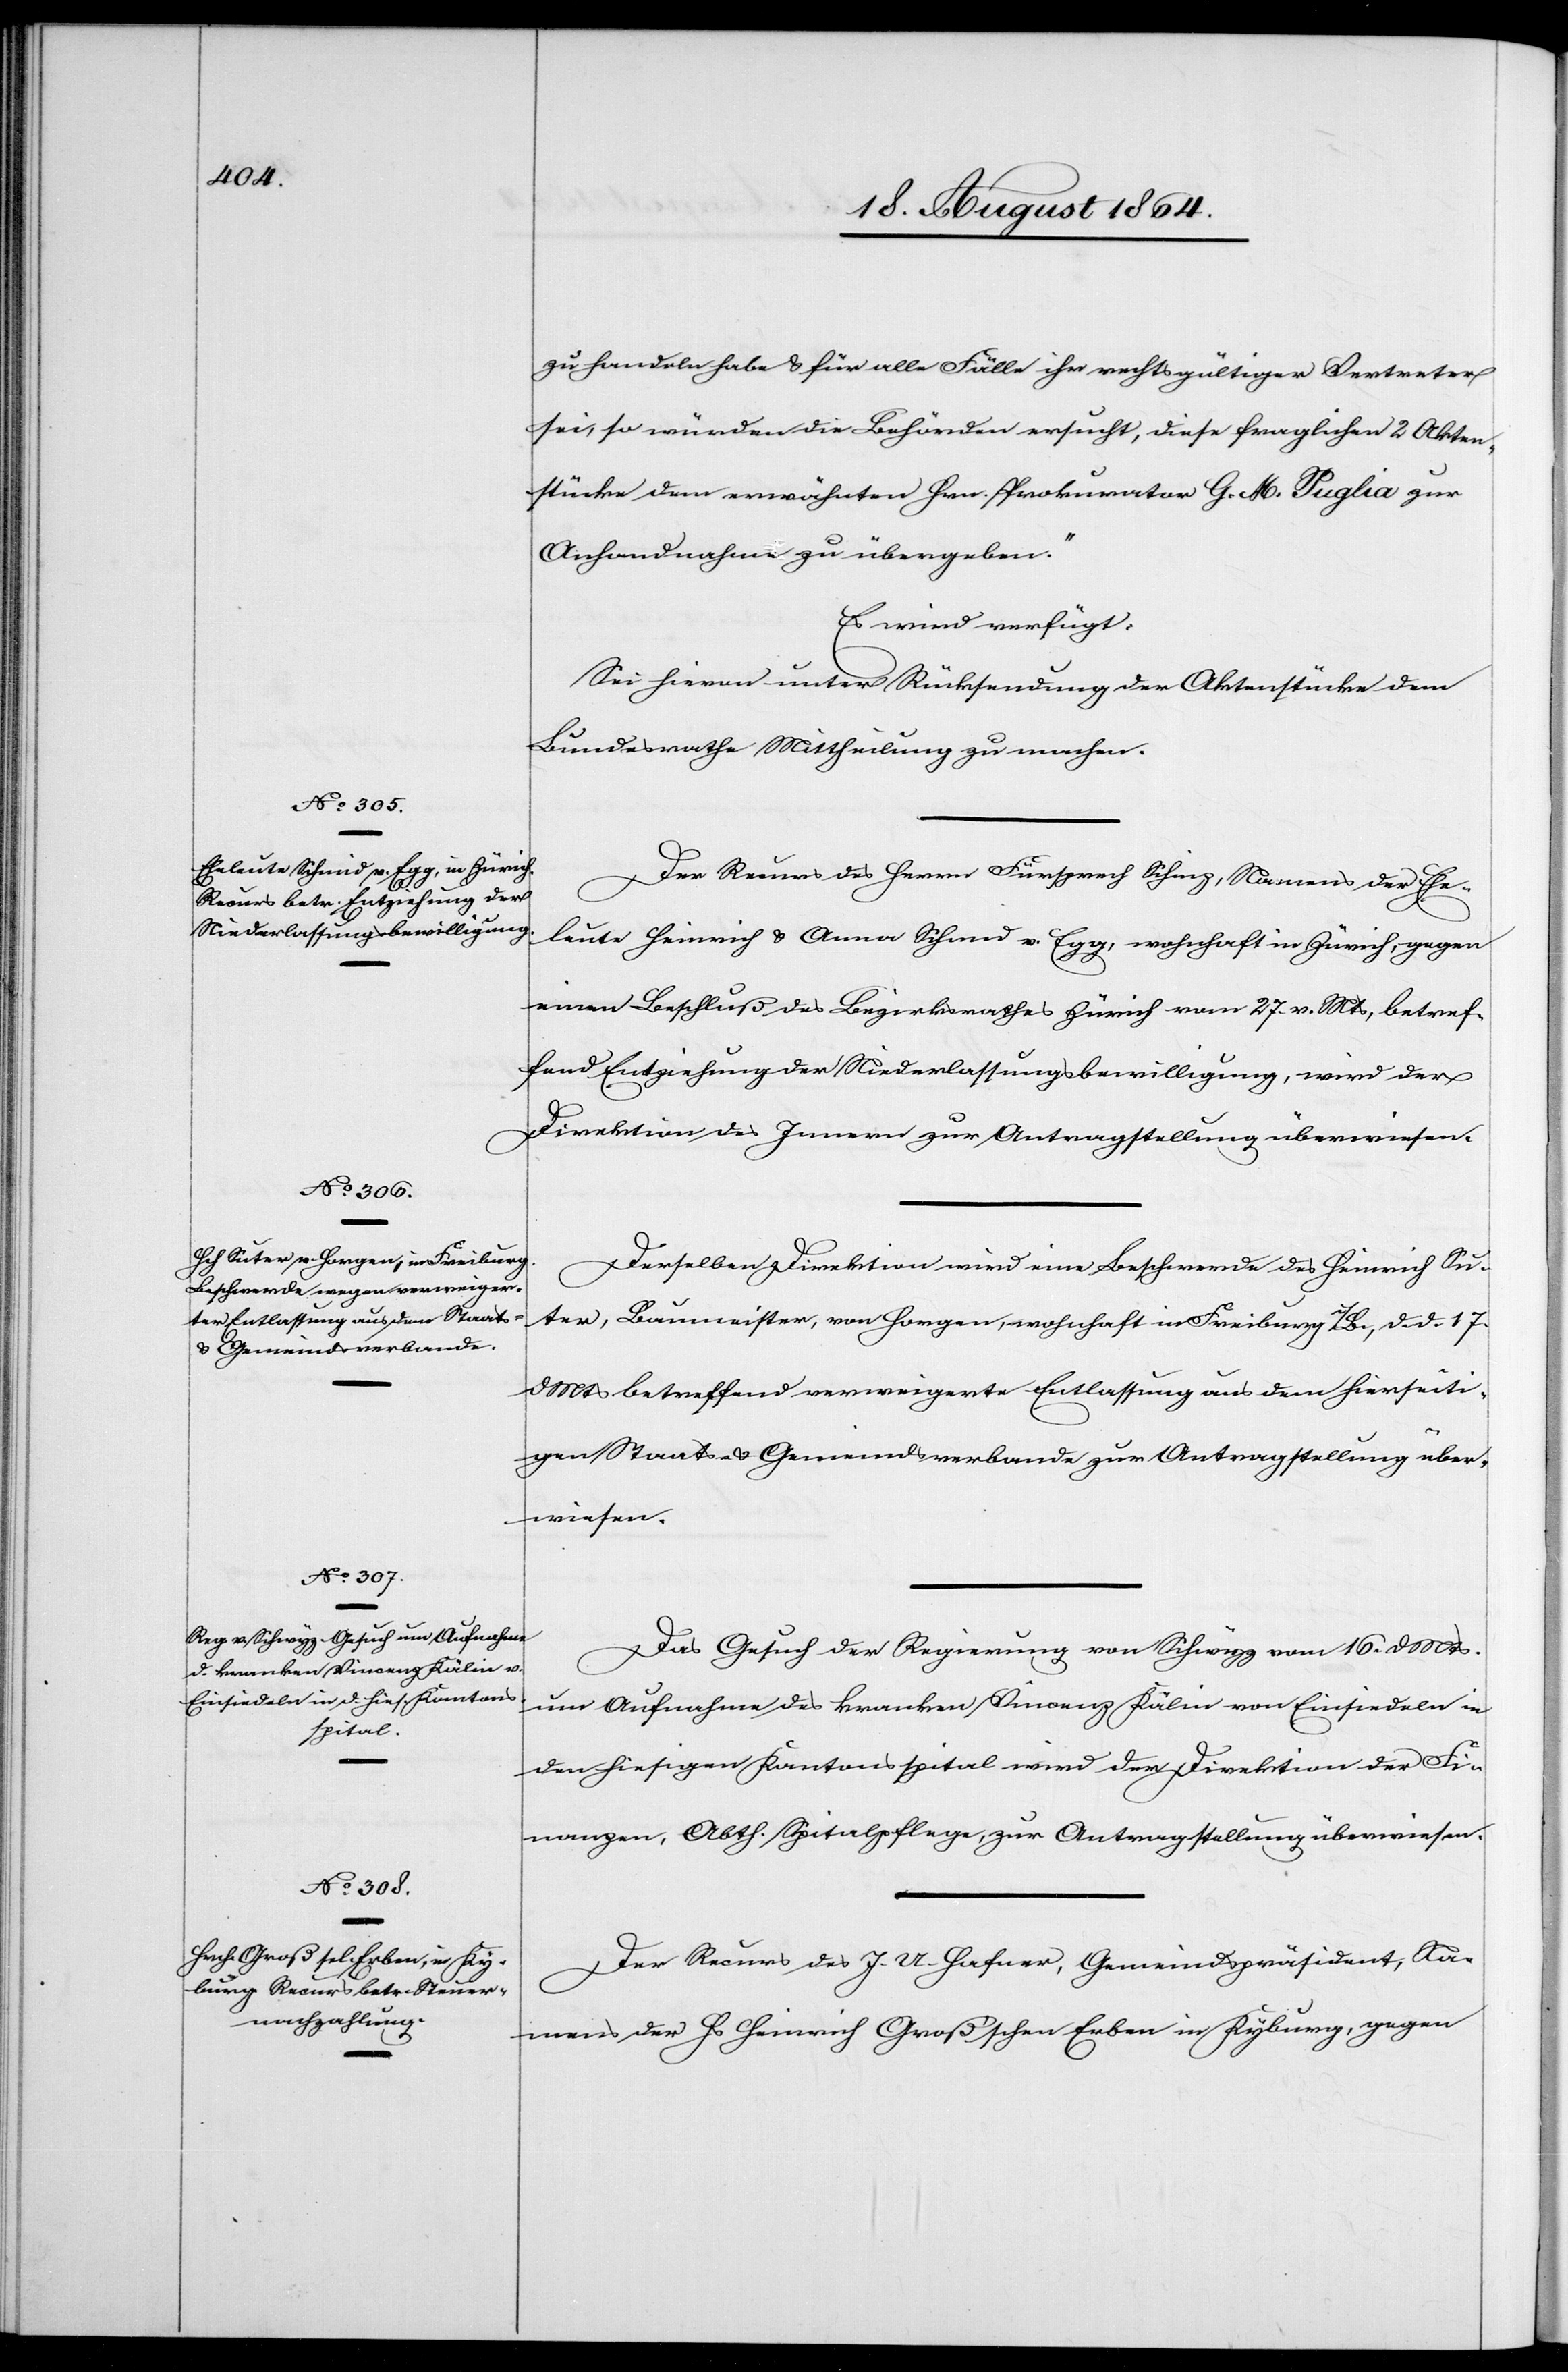
19. August 1864.]
zu handeln habe & für alle Fälle ihr rechtsgültiger Vertreter
sei, so würden die Behörden ersucht, diese fraglichen 2 Akten¬
stücke dem erwähnten Hrn. Prokurator G. M. Puglia zur
Anhandnahme zu übergeben.“
Es wird verfügt:
Sei hievon unter Rücksendung der Aktenstücke dem
Bundesrathe Mittheilung zu machen.
Der Recurs des Herrn Fürsprech Schinz, Namens der Ehe¬
leute Heinrich & Anna Schmid v. Egg, wohnhaft in Zürich, gegen
einen Beschluß des Bezirksrathes Zürich vom 27. v. Mts, betref¬
fend Entziehung der Niederlassungsbewilligung, wird der
Direktion des Innern zur Antragstellung überwiesen.
Derselben Direktion wird eine Beschwerde des Heinrich Su¬
ter, Baumeister, von Horgen, wohnhaft in Freiburg i/B., d. d. 17.
d. Mts betreffend verweigerte Entlassung aus dem hierseiti¬
gen Staats- & Gemeindeverbande zur Antragstellung über¬
wiesen.
Das Gesuch der Regierung von Schwyz vom 16. d. Mts.
um Aufnahme des kranken Vincenz Kälin von Einsiedeln in
den hiesigen Kantonsspital wird der Direktion der Fi¬
nanzen, Abtheilung Spitalpflege, zur Antragstellung überwiesen.
Der Recurs des J. U. Hafner, Gemeindspräsident, Na¬
mens der Hs. Heinrich Groß’schen Erben in Kyburg, gegen